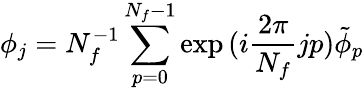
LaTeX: \phi_{j}=N_{f}^{-1}\sum_{p=0}^{N_{f}-1}\exp{(i\frac{2\pi}{N_{f}}jp)}\tilde{\phi}_{p}